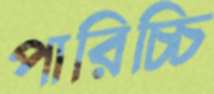
পারিচ্চি